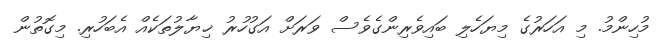
މުހިންމު. މި އަހަރުގެ މިޔަހެލި ބައިވެރިންގެވެސް ވަރަށް އަގުހުރު ޚިޔާލުތަކެއް އެބަހުރި. މިގޮތުން